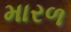
મારળ